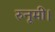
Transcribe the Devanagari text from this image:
रुनूमी।